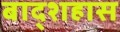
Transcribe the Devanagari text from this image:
बाद्शहास